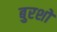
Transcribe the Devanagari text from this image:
बुरशो